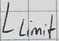
Text: Llimit